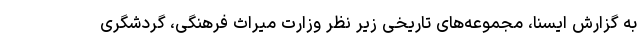
به گزارش ایسنا، مجموعه‌های تاریخی زیر نظر وزارت میراث فرهنگی، گردشگری